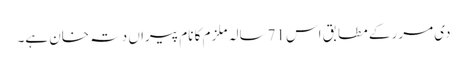
دی مرر کے مطابق اس 71سالہ ملزم کا نام پیراں دتہ خان ہے۔